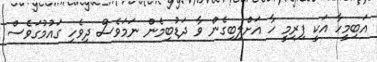
އަބިމީހާ އަކީ ފިރިމީ ހާ އަށްލިބިގެން ވާ ދަޑުބިމެން ނަމަވެސް ދިވެހި ގައުމުގަވެސް